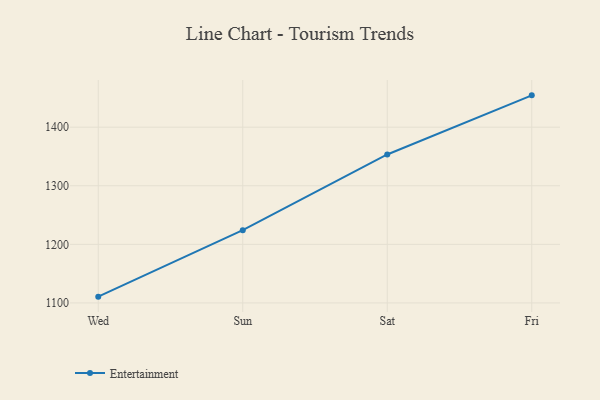
{"axis": {"x": "Day", "y": "Bounce Rate (%)"}, "legend": ["Entertainment"], "data": [{"x": "Wed", "y": 1110.7, "type": "Entertainment"}, {"x": "Sun", "y": 1224.1, "type": "Entertainment"}, {"x": "Sat", "y": 1353.4, "type": "Entertainment"}, {"x": "Fri", "y": 1454.3, "type": "Entertainment"}]}